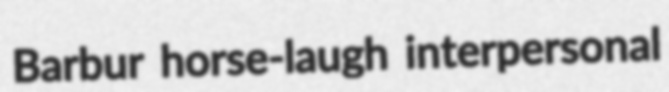
Barbur horse-laugh interpersonal